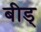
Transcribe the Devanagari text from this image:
बीड्